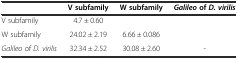
<table><thead><tr><td>[EMPTY_CELL]</td><td><b>V subfamily</b></td><td><b>W subfamily</b></td><td><b><i>Galileo</i>of <i>D. virilis</i></b></td></tr></thead><tbody><tr><td>V subfamily</td><td>4.7 ± 0.60</td><td>[EMPTY_CELL]</td><td>[EMPTY_CELL]</td></tr><tr><td>W subfamily</td><td>24.02 ± 2.19</td><td>6.66 ± 0.086</td><td>[EMPTY_CELL]</td></tr><tr><td><i>Galileo</i> of <i>D. virilis</i></td><td>32.34 ± 2.52</td><td>30.08 ± 2.60</td><td>-</td></tr></tbody></table>